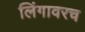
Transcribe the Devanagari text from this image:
लिंगावरच